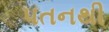
પતનથી